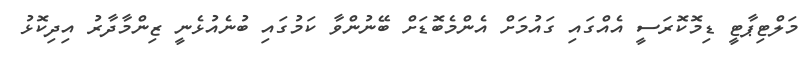
މަލްޓިޕާޓީ ޑިމޮކޮރަސީ އެއްގައި ގައުމަށް އެންމެބޮޑަށް ބޭނުންވާ ކަމުގައި ބުނެއުޅެނީ ޒިންމާދާރު އިދިކޮޅު